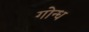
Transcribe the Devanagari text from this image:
गोन्ध